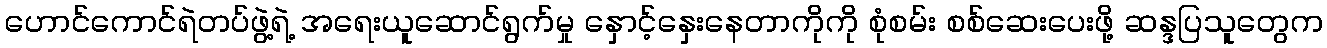
ဟောင်ကောင်ရဲတပ်ဖွဲ့ရဲ့ အရေးယူဆောင်ရွက်မှု နှောင့်နှေးနေတာကိုကို စုံစမ်း စစ်ဆေးပေးဖို့ ဆန္ဒပြသူတွေက